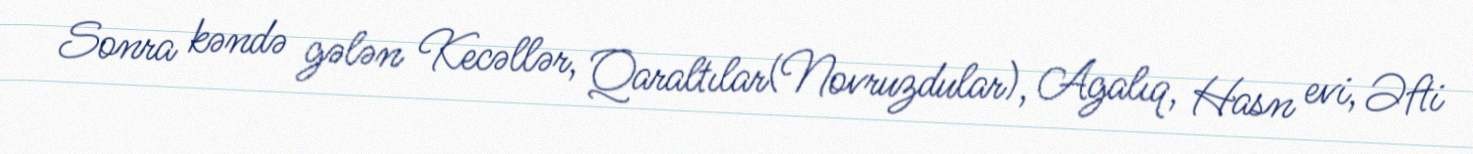
Sonra kəndə gələn Kecəllər, Qaraltılar(Novruzdular), Agalıq, Hasn evi, Əfti